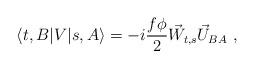
LaTeX: \begin{align*}\langle t,B | V | s,A\rangle =-i\frac{f\phi}{2} \vec W_{t,s} \vec U_{BA}~,\end{align*}